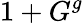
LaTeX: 1+G^{g}